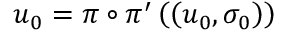
u _ { 0 } = \pi \circ \pi ^ { \prime } \left( \left( u _ { 0 } , \sigma _ { 0 } \right) \right)